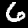
Digit: 6